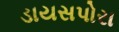
ડાયસપોરા